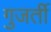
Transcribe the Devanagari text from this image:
गुजर्ती